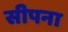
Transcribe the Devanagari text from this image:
सीपना